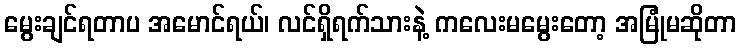
မွေးချင်ရတာပ အမောင်ရယ်၊ လင်ရှိရက်သားနဲ့ ကလေးမမွေးတော့ အမြုံမဆိုတာ